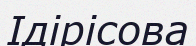
Ідірісова